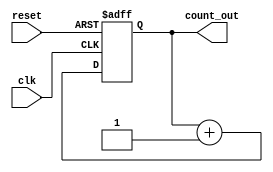
/*
    The problem with the ripple counter is that, because more than one 
    output is changing at once, using combinational logic to decode output
    states results in glitchy signals. To avoid this problem, use counters
    like Gray Code or Johnson counters.
*/
module ripple1(
    output reg [3:0] count_out, 
    input            clk, 
    input            reset
);
    always @(posedge clk or posedge reset)
        if (reset)
            count_out <= 0;
        else
            count_out <= count_out + 1;

endmodule